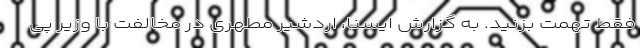
فقط تهمت بزنید. به گزارش ایسنا، اردشیر مطهری در مخالفت با وزیر پی